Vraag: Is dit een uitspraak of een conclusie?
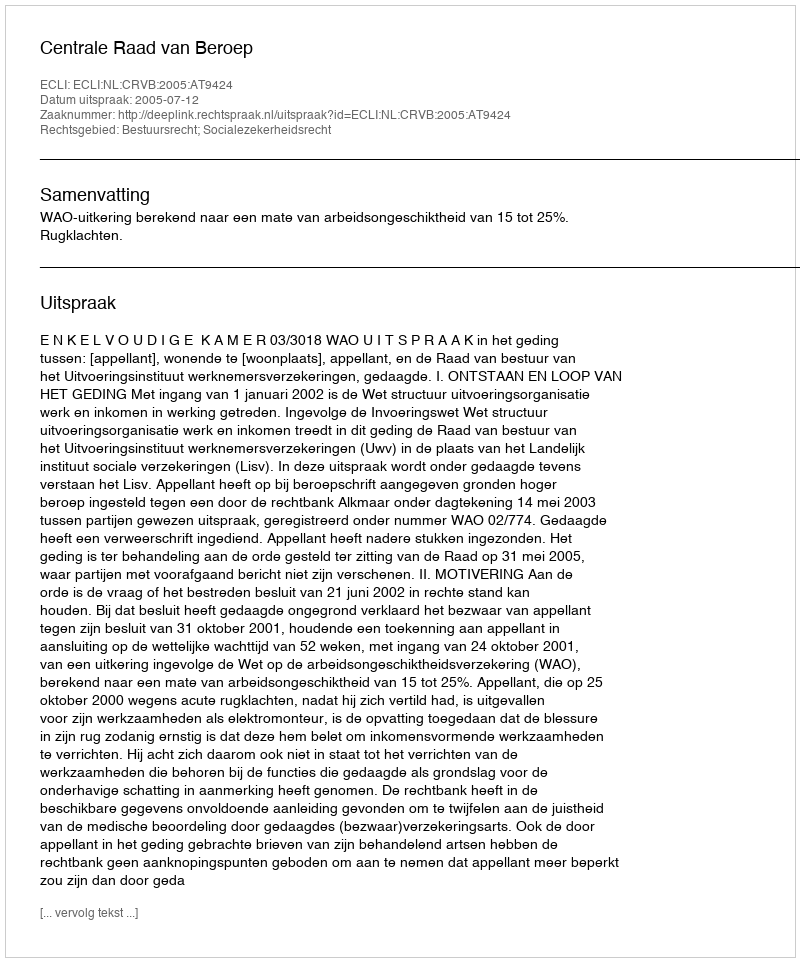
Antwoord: Uitspraak